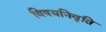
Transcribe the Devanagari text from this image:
विषयनिवृति